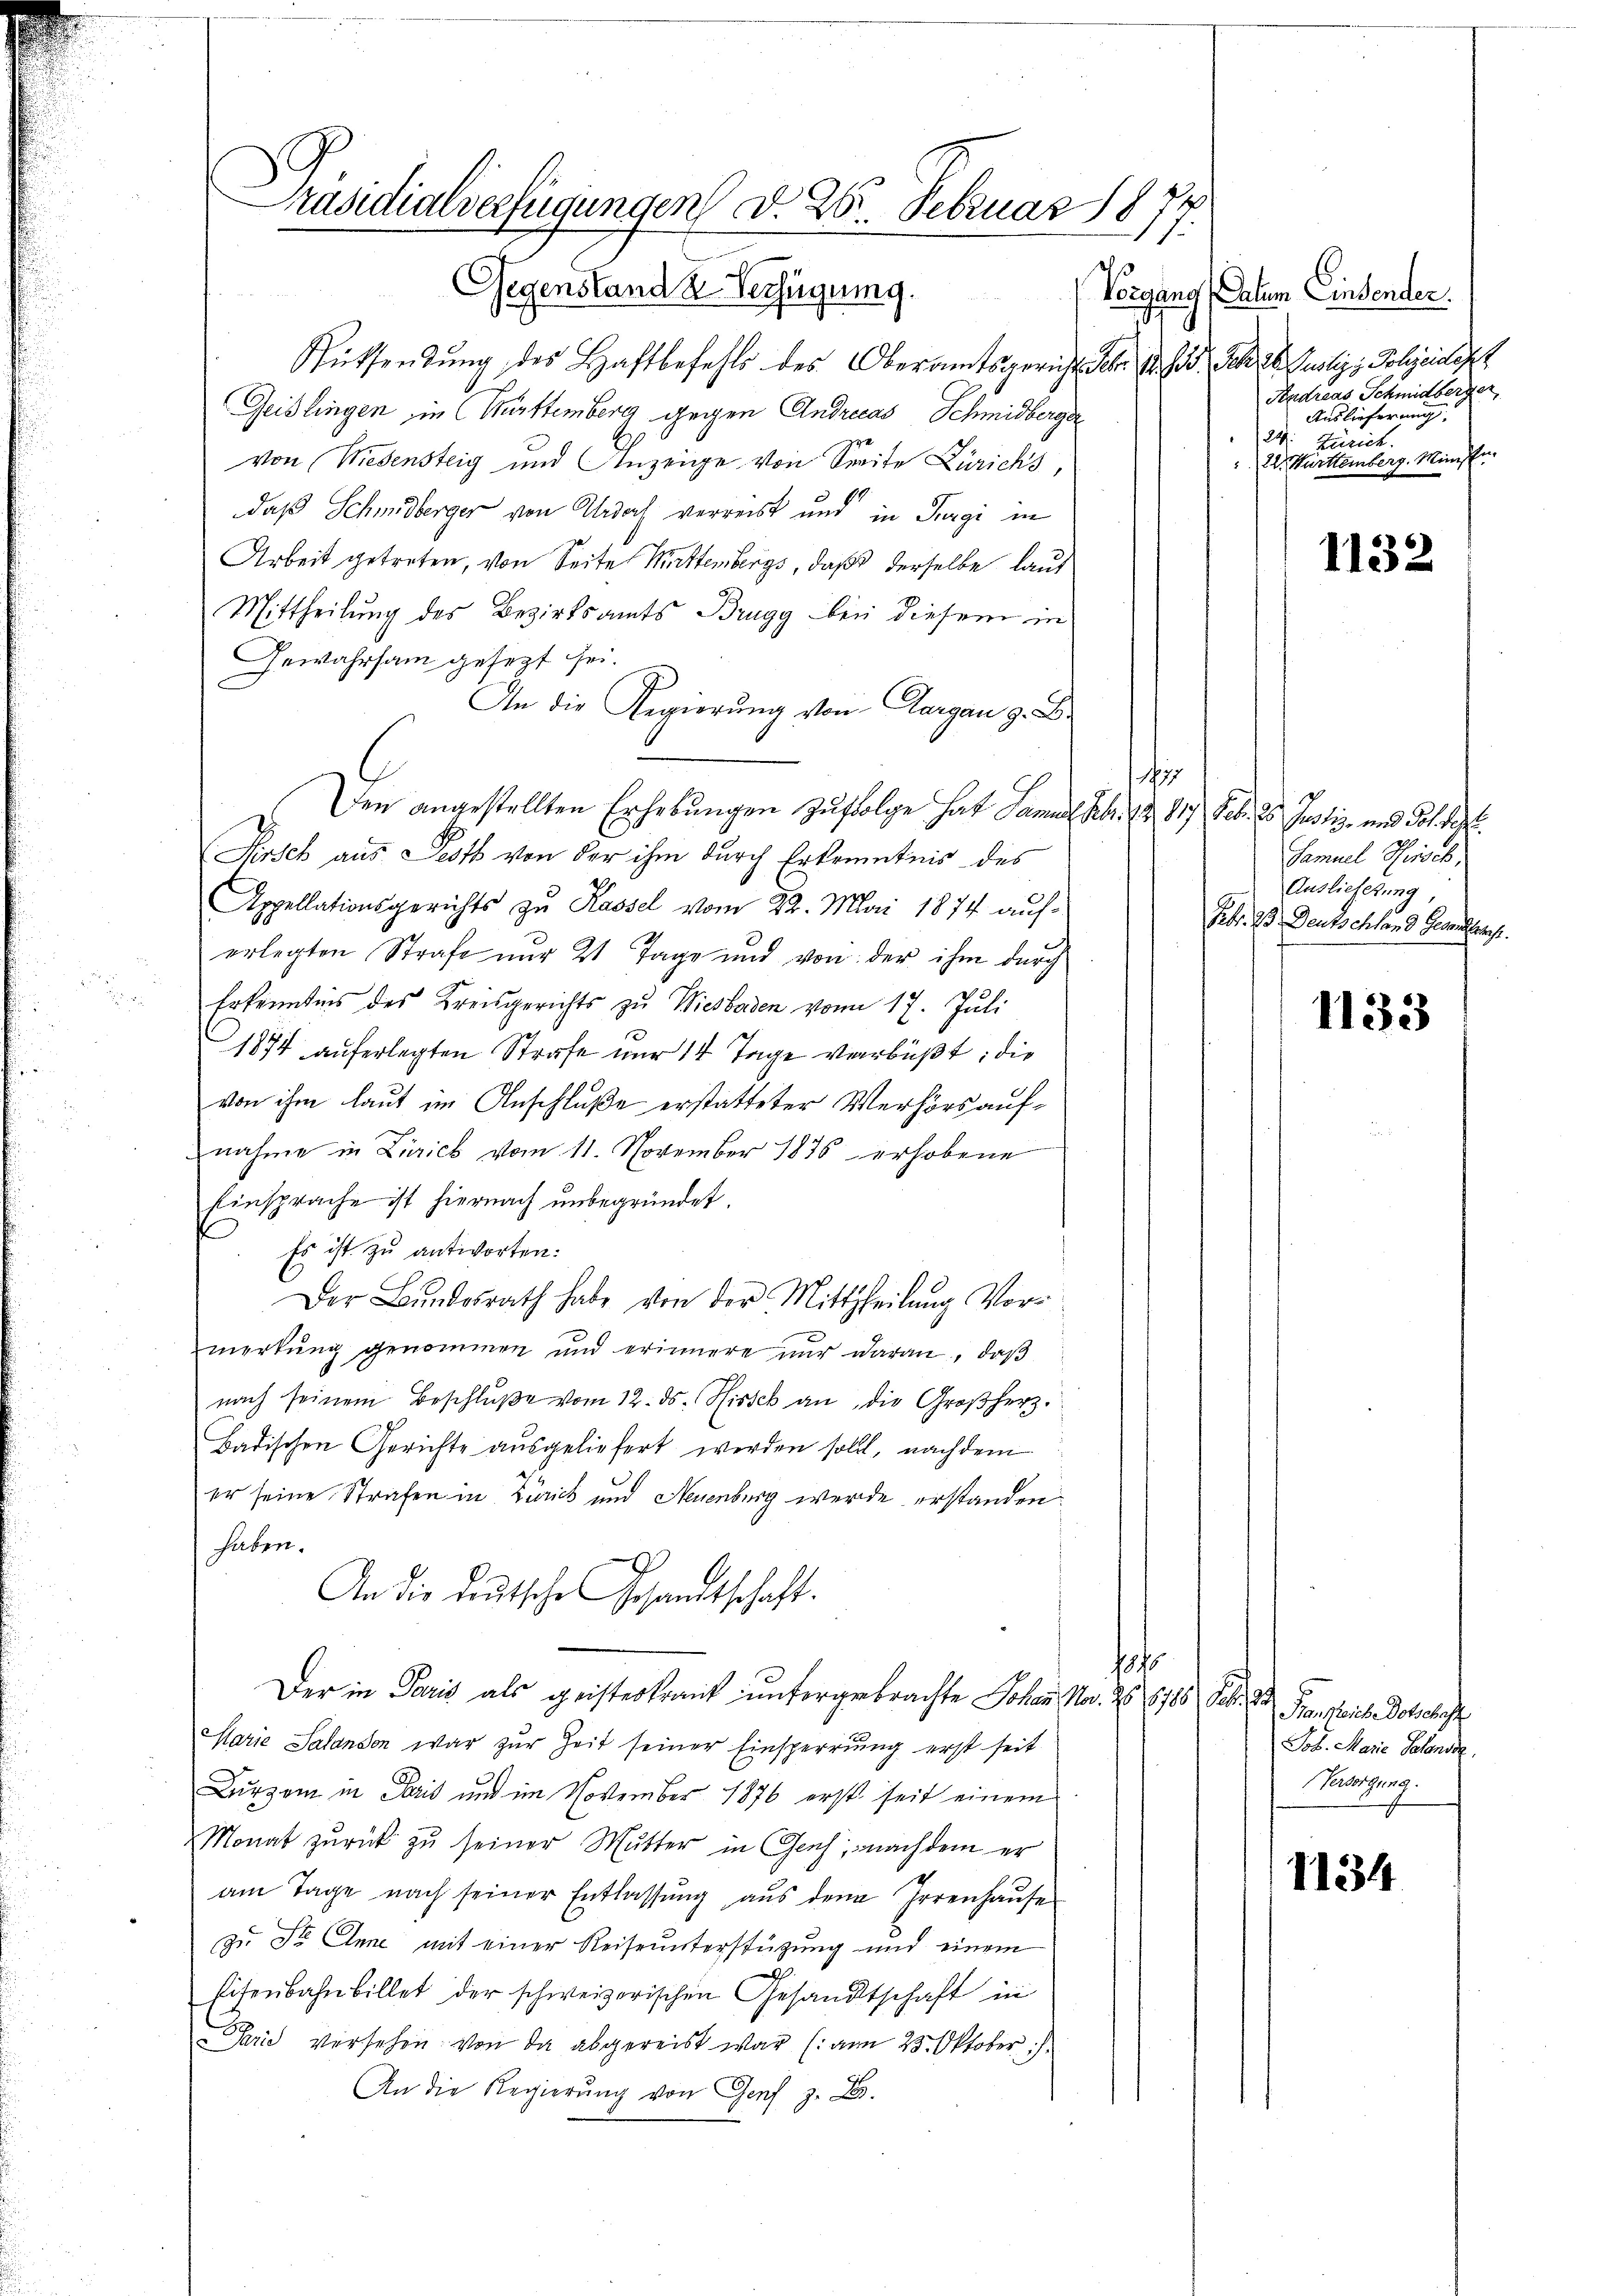
Präsidialverfügungen d. 28. Februar 1877.

Gegenstand & Verfügung.
Rütsendung des Haftbefehls des Oberamtsgericht aber 1 d S. 26. Justige Polizeidenz
Geislingen, in Württemberg gegen Andreas Schmidberger
von Wiedensteig und Anzeige von Seite Zürichs,
daß Schmidberger von Urdorf verreist und in Turgi in
Arbeit getreten, von Seite Muttembergs, daß derselbe laut
Mittheilung des Bezirksamts Brugg bei diesem in
Gewahrsam gesezt sei.
An die Regierŭng von Aargau z. B.
E. Den angestellten Erhebungen zufolge hat Samuel Febr. 12. 817. Feb. 25. Justiz- und dol der
Kirsch aus Pesth von der ihm durch Erkenntnis des
Appellationsgerichts zu Kassel vom 22. Mai 1874 auferlegten Strafe nur 21 Tage und von der ihm durch
 Erkenntnis des Kreisgerichts zu Wiesbaden von 17. Juli
1874 auferlegten Strafe nur 14 Tage verbüßt; die
von ihm laut im Anschluße erstatteter Verhörs aufnahme in Zürich vom 11. November 1876 erhobene
Einsprache ist hiernach unbegründet.
 Es ist zu antworten:
Der Bŭndesrath habe von der Mittheilung Vor-
merkung genommen und erinnere nŭr daran, daß
nach seinem Beschlŭβe vom 12. ds. Risick an die Großherz-
Badischen Gerichte ausgeliefert werden sollt, nachdem
er seine Strafen in Zürich und Neuenburg werde erstanden
haben.
An die Leutsche Gesandtschaft.
t
Der in Paris als geistertraut untergebrachte Johann No. 26. 6788 Febr. 1 Ponsleute Dotschaft
Marie Salansen war zur Zeit seiner Einsperrung erst seit
Durzem in Paris und im November 1876 erst seit einem
Monat zurück zu seiner Mutter in Genf, nachdem er
am Tage nach seiner Entlassung aus dem Irrenhause
zu St. Anne mit einer Reiseunterstützung und einem
Eisenbahnbillet der schweizerischen Gesandtschaft in
Sarić versehen von da abgereist war (: am 23. Oktober
An die Regierŭng von Genf z. B.

Vorgang (Datum Einsender.
Sndreas Schmidberger
Auslieferung
22: Zürich.
22. Württemberg. Minische.

1857
d
Samuel Hinsch,
Auslieferung,
Feb. 23. Deutschland Gesandtsch.

1132

1133

Joh. Marie Polende
Versorgung.

1134